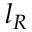
l _ { R }